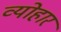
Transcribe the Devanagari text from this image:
व्योहार